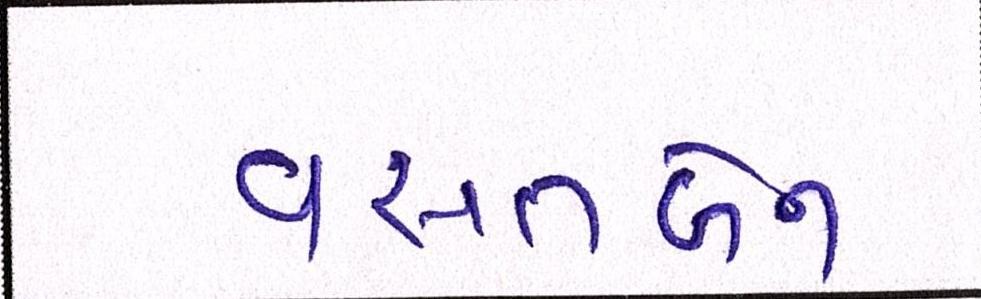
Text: વસંતબેન